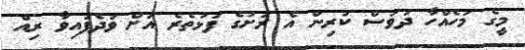
މީގެ މަހެއްހާ ދުވަސް ކުރިން އެ ރަށުގެ ފަޅުތެރެ އަށް ވަދެފައިވާ ރިއް